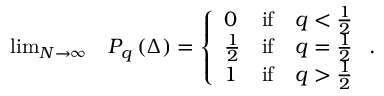
\begin{array} { r l } { \operatorname* { l i m } _ { N \to \infty } } & { P _ { q } \left( \Delta \right) = \left\{ \begin{array} { l c c } { 0 } & { \mathrm { i f } } & { q < \frac { 1 } { 2 } } \\ { \frac { 1 } { 2 } } & { \mathrm { i f } } & { q = \frac { 1 } { 2 } } \\ { 1 } & { \mathrm { i f } } & { q > \frac { 1 } { 2 } } \end{array} \right. . } \end{array}